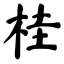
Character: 桂